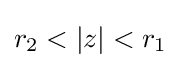
r_{2}<|z|<r_{1}